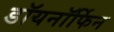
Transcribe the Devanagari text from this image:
डॉयनॉर्फिन